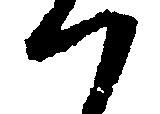
つ